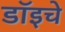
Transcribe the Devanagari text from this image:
डॉइचे